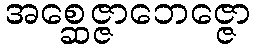
အစ္ဆေဇ္ဇာဘေဇ္ဇော